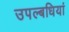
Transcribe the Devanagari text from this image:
उपल्बधियां